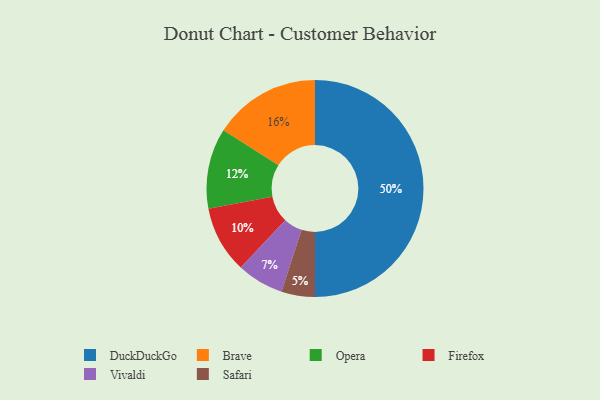
{"axis": {"x": "Category", "y": "Percentage"}, "legend": ["Brave", "DuckDuckGo", "Firefox", "Opera", "Safari", "Vivaldi"], "data": [{"x": "Opera", "y": 12, "type": "Opera"}, {"x": "DuckDuckGo", "y": 50, "type": "DuckDuckGo"}, {"x": "Firefox", "y": 10, "type": "Firefox"}, {"x": "Brave", "y": 16, "type": "Brave"}, {"x": "Safari", "y": 5, "type": "Safari"}, {"x": "Vivaldi", "y": 7, "type": "Vivaldi"}]}